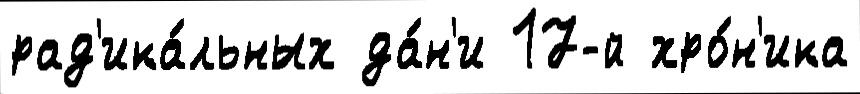
рад'ика́льных да́н'и 17-й хро́н'ика